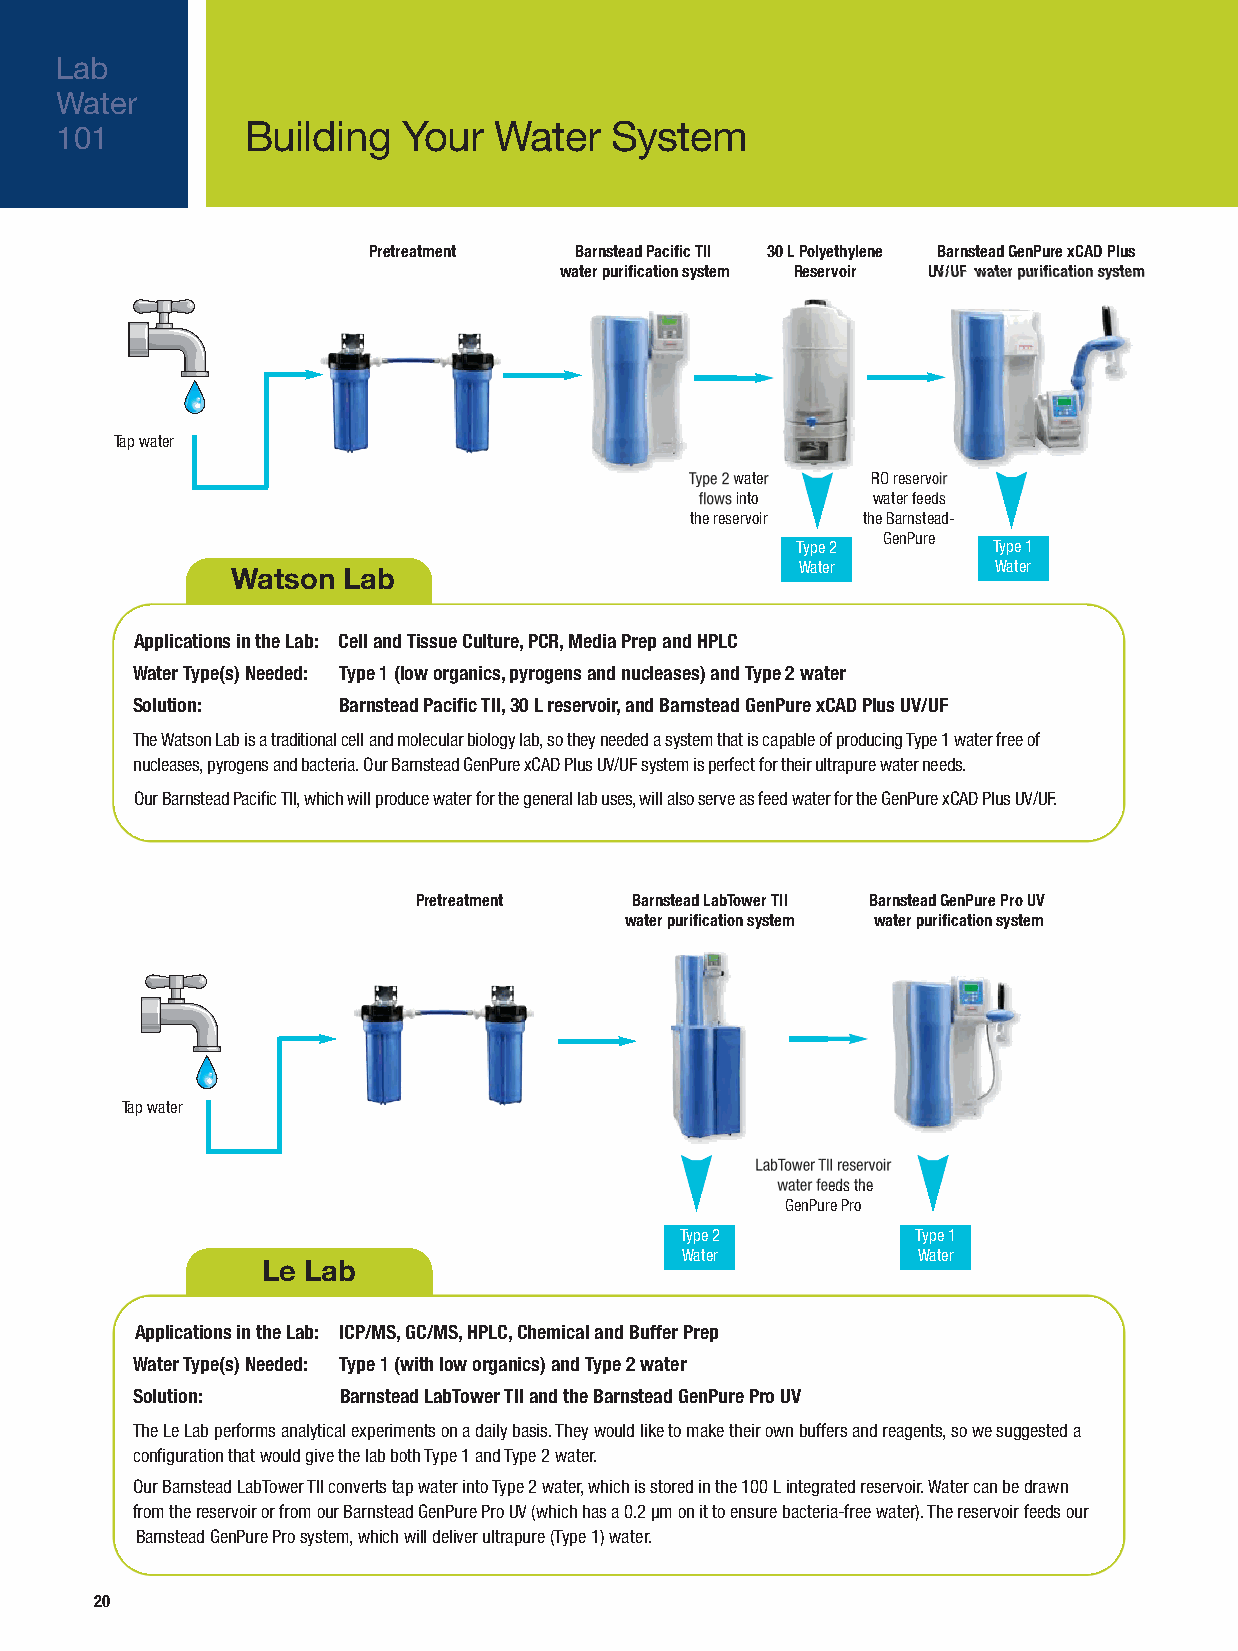
Lab
 Water
 Building   Your  Water  System
 101
 Pretreatment  Barnstead Pacific TII 30 L Polyethylene Barnstead GenPure xCAD Plus
 water purification system Reservoir UV/UF water purification system
 Tap water
 Type 2 water RO reservoir
 flows into  water feeds
 the reservoir the Barnstead-
 GenPure
 Type 2       Type 1
 Water        Water
 Watson  Lab
 Applications in the Lab: Cell and Tissue Culture, PCR, Media Prep and HPLC
 Water Type(s) Needed: Type 1 (low organics, pyrogens and nucleases) and Type 2 water
 Solution:    Barnstead Pacific TII, 30 L reservoir, and Barnstead GenPure xCAD Plus UV/UF
 The Watson Lab is a traditional cell and molecular biology lab, so they needed a system that is capable of producing Type 1 water free of
 nucleases, pyrogens and bacteria. Our Barnstead GenPure xCAD Plus UV/UF system is perfect for their ultrapure water needs.
 Our Barnstead Pacific TII , which will produce water for the general lab uses, will also serve as feed water for the GenPure xCAD Plus UV/UF.
 Pretreatment  Barnstead LabTower TII Barnstead GenPure Pro UV
 water purification system water purification system
 Tap water
 LabTower TII reservoir
 water feeds the
 GenPure Pro
 Type 2          Type 1
 Water           Water
 Le Lab
 Applications in the Lab: ICP/MS, GC/MS, HPLC, Chemical and Buffer Prep
 Water Type(s) Needed: Type 1 (with low organics) and Type 2 water
 Solution:    Barnstead LabTower TII and the Barnstead GenPure Pro UV
 The Le Lab performs analytical experiments on a daily basis. They would like to make their own buffers and reagents, so we suggested a
 configuration that would give the lab both Type 1 and Type 2 water.
 Our Barnstead LabTower TII converts tap water into Type 2 water, which is stored in the 100 L integrated reservoir. Water can be drawn
 from the reservoir or from our Barnstead GenPure Pro UV (which has a 0.2 μm on it to ensure bacteria-free water). The reservoir feeds our
 Barnstead GenPure Pro system, which will deliver ultrapure (Type 1) water.
 20